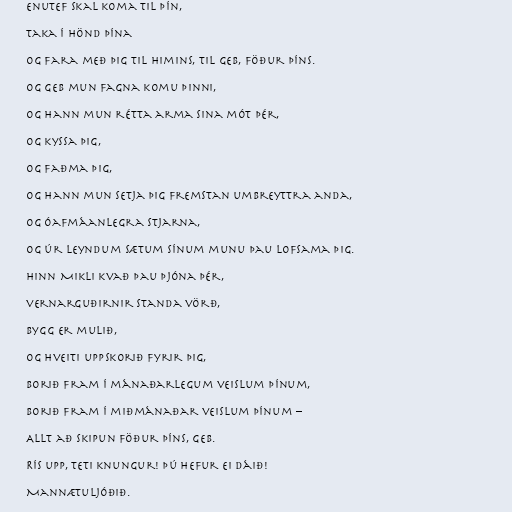
enutef skal koma til þín,

Taka í hönd þína

og fara með þig til himins, til Geb, föður þíns.

Og Geb mun fagna komu þinni,

og hann mun rétta arma sina mót þér,

Og kyssa þig,

og faðma þig,

Og hann mun setja þig fremstan umbreyttra anda,

og óafmáanlegra stjarna,

og úr leyndum sætum sínum munu þau lofsama þig.

Hinn Mikli kvað þau þjóna þér,

vernarguðirnir standa vörð,

Bygg er mulið,

og hveiti uppskorið fyrir þig,

Borið fram í mánaðarlegum veislum þínum,

borið fram í miðmánaðar veislum þínum –

Allt að skipun föður þíns, Geb.

Rís upp, Teti knungur! Þú hefur ei dáið!

Mannætuljóðið.